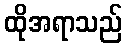
ထိုအရာသည်